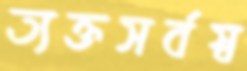
ত্যক্তসর্বস্ব